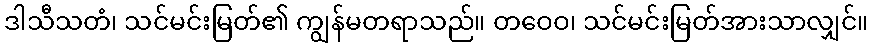
ဒါသီသတံ၊ သင်မင်းမြတ်၏ ကျွန်မတရာသည်။ တဝေဝ၊ သင်မင်းမြတ်အားသာလျှင်။